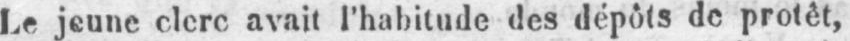
Le jeune clerc avait l’habitude des dépôts de protêt,